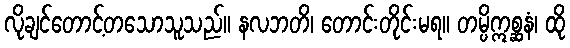
လိုချင်တောင့်တသောသူသည်။ နလဘတိ၊ တောင်းတိုင်းမရ။ တမ္ပိဣစ္ဆနံ၊ ထို